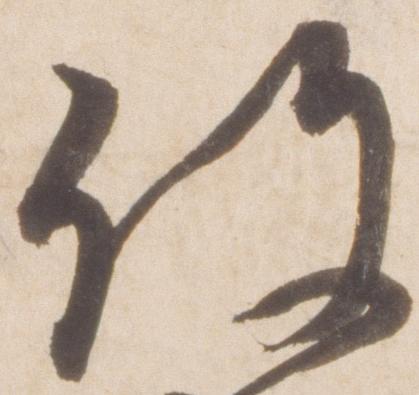
役